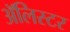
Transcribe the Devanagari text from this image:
अॅलिस्टर